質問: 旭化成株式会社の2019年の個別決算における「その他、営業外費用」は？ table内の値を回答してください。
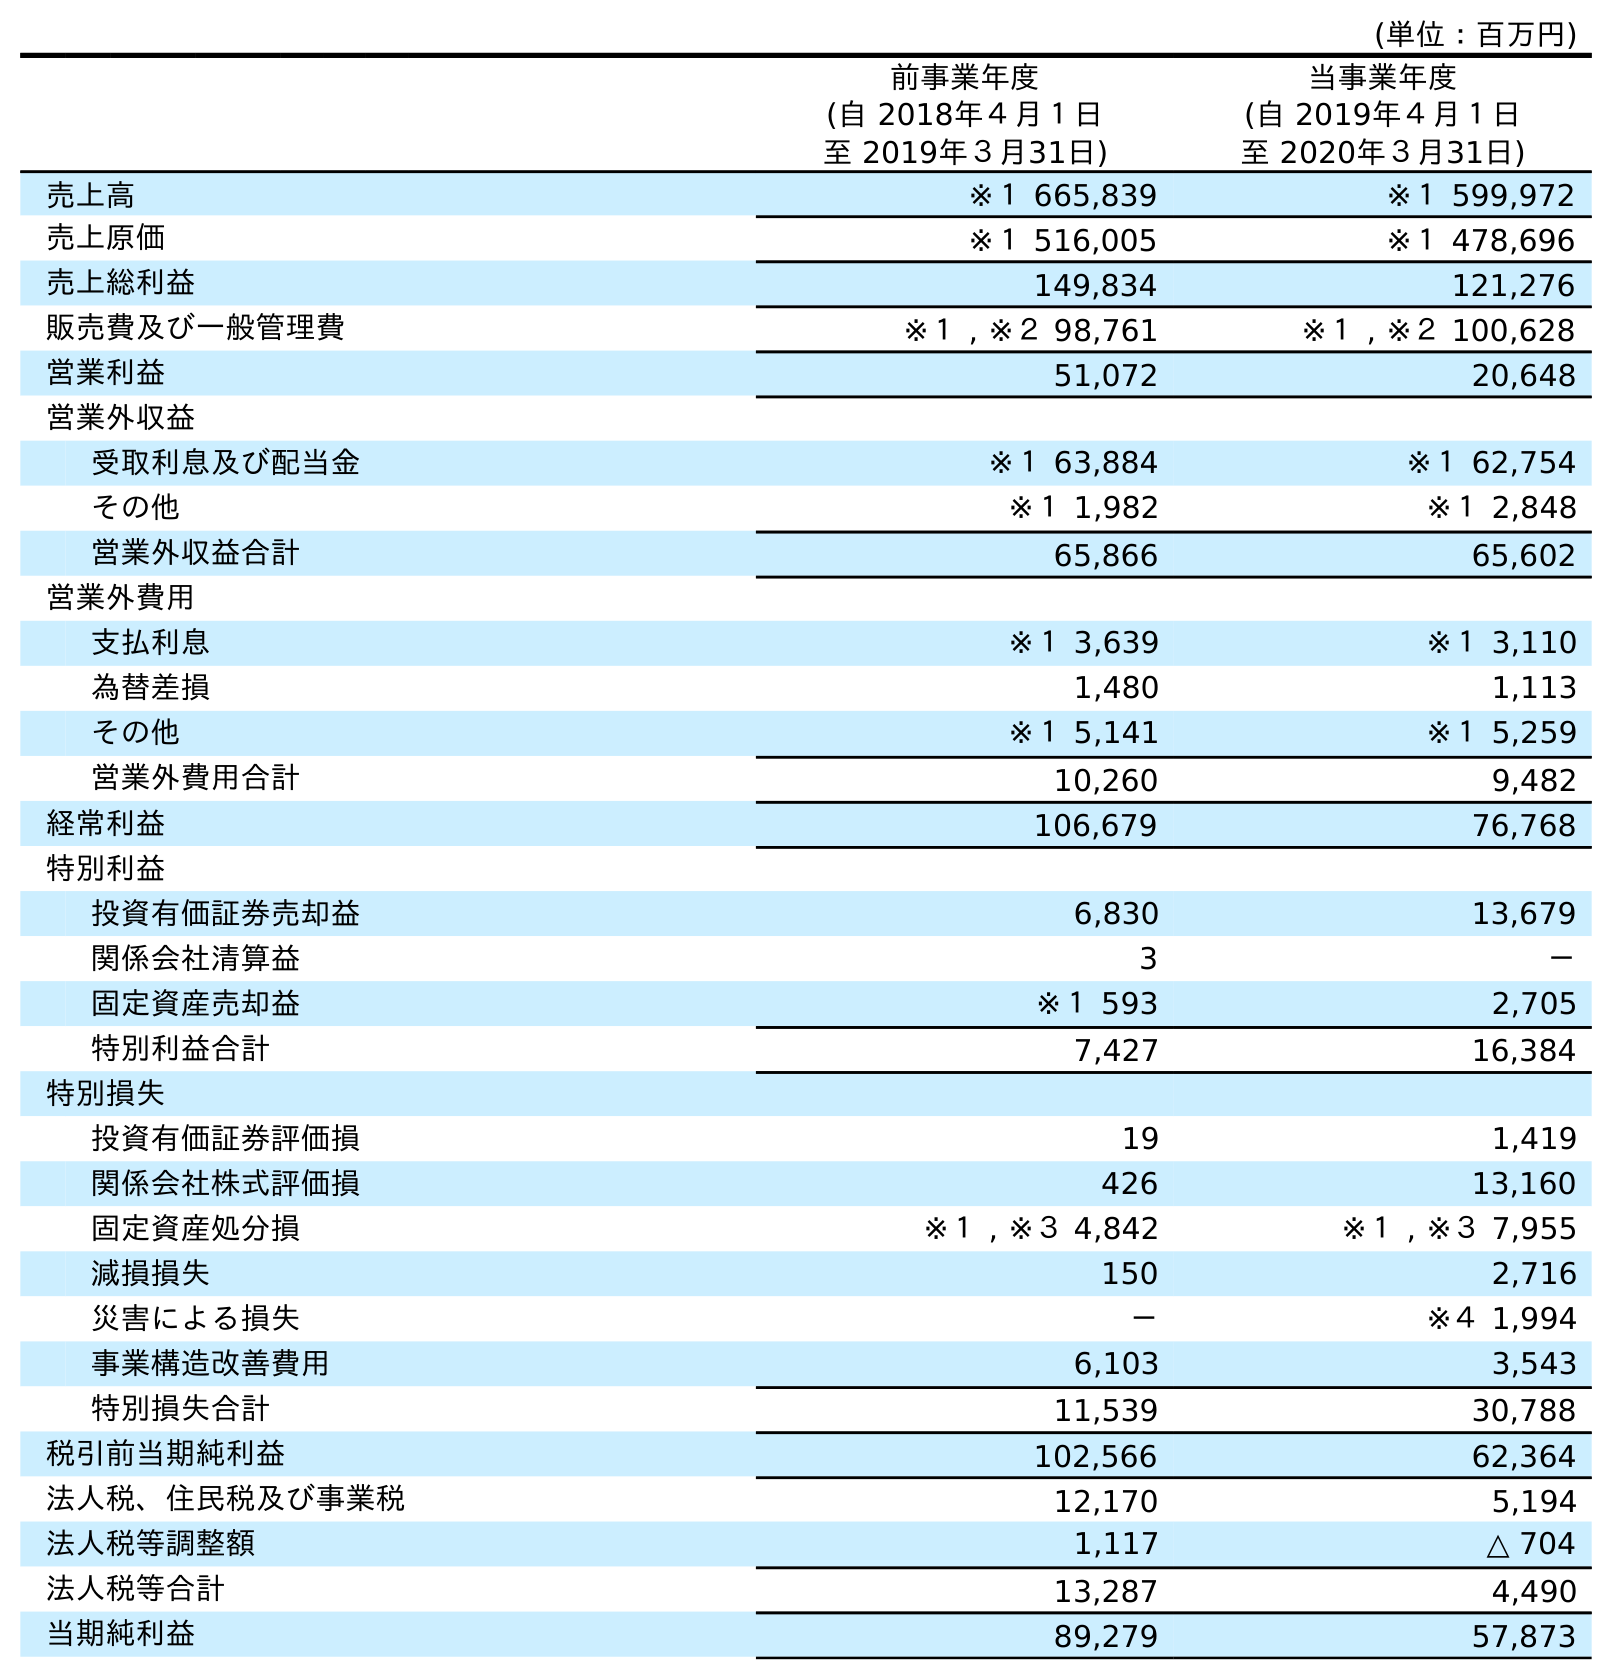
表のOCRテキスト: (単位：百万円) 前事業年度 (自 2018年４月１日 至 2019年３月31日) 当事業年度 (自 2019年４月１日 至 2020年３月31日) 売上高 ※１ 665,839 ※１ 599,972 売上原価 ※１ 516,005 ※１ 478,696 売上総利益 149,834 121,276 販売費及び一般管理費 ※１ , ※２ 98,761 ※１ , ※２ 100,628 営業利益 51,072 20,648 営業外収益 受取利息及び配当金 ※１ 63,884 ※１ 62,754 その他 ※１ 1,982 ※１ 2,848 営業外収益合計 65,866 65,602 営業外費用 支払利息 ※１ 3,639 ※１ 3,110 為替差損 1,480 1,113 その他 ※１ 5,141 ※１ 5,259 営業外費用合計 10,260 9,482 経常利益 106,679 76,768 特別利益 投資有価証券売却益 6,830 13,679 関係会社清算益 3 － 固定資産売却益 ※１ 593 2,705 特別利益合計 7,427 16,384 特別損失 投資有価証券評価損 19 1,419 関係会社株式評価損 426 13,160 固定資産処分損 ※１ , ※３ 4,842 ※１ , ※３ 7,955 減損損失 150 2,716 災害による損失 － ※４ 1,994 事業構造改善費用 6,103 3,543 特別損失合計 11,539 30,788 税引前当期純利益 102,566 62,364 法人税、住民税及び事業税 12,170 5,194 法人税等調整額 1,117 △ 704 法人税等合計 13,287 4,490 当期純利益 89,279 57,873
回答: ※１5,141